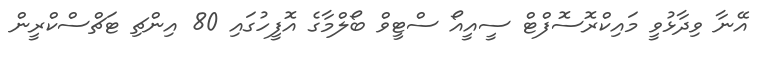
އޭނާ ވިދާޅުވީ މައިކްރޮސޮފްޓް ސީއީއޯ ސްޓީވް ބޯލްމާގެ އޮފީހުގައި 80 އިންޗި ޓަޗްސްކްރީން